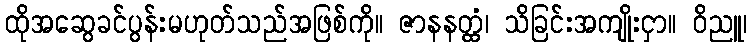
ထိုအဆွေခင်ပွန်းမဟုတ်သည်အဖြစ်ကို။ ဇာနနတ္ထံ၊ သိခြင်းအကျိုးငှာ။ ဝိညူ၊